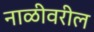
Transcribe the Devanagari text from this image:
नाळीवरील